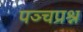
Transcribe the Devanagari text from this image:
पञ्चप्रश्न